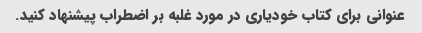
عنوانی برای کتاب خودیاری در مورد غلبه بر اضطراب پیشنهاد کنید.